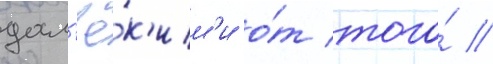
дал'ё́к'им'и о́т того́ /